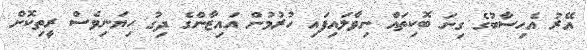
އޭރު އެހިސާބުގެ ގިނަ ބޮކިތައް ނިވާލައިފައި ހުރުމުން އައިޒާންގެ ދިގު ހިޔަނިވެސް ރީތިކޮށް